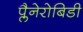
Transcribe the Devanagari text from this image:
प्लैनेरोबिडी